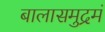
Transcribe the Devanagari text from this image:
बालासमुद्रमं